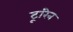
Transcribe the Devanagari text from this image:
टूरिन